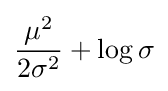
{\frac {\mu ^{2}}{2\sigma ^{2}}}+\log \sigma